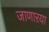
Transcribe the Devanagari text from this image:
जाणाऱया